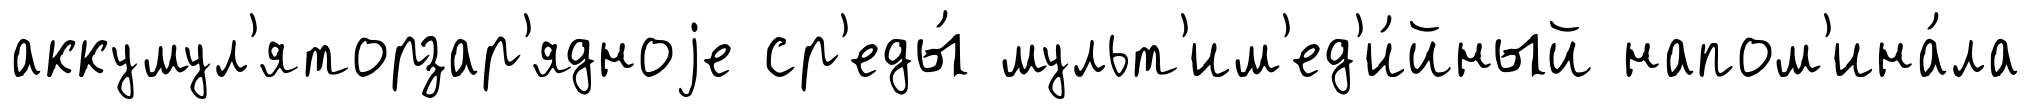
аккумул'яторзар'ядноjе ср'еды́ мульт'им'ед'и́йный напом'ина́ла